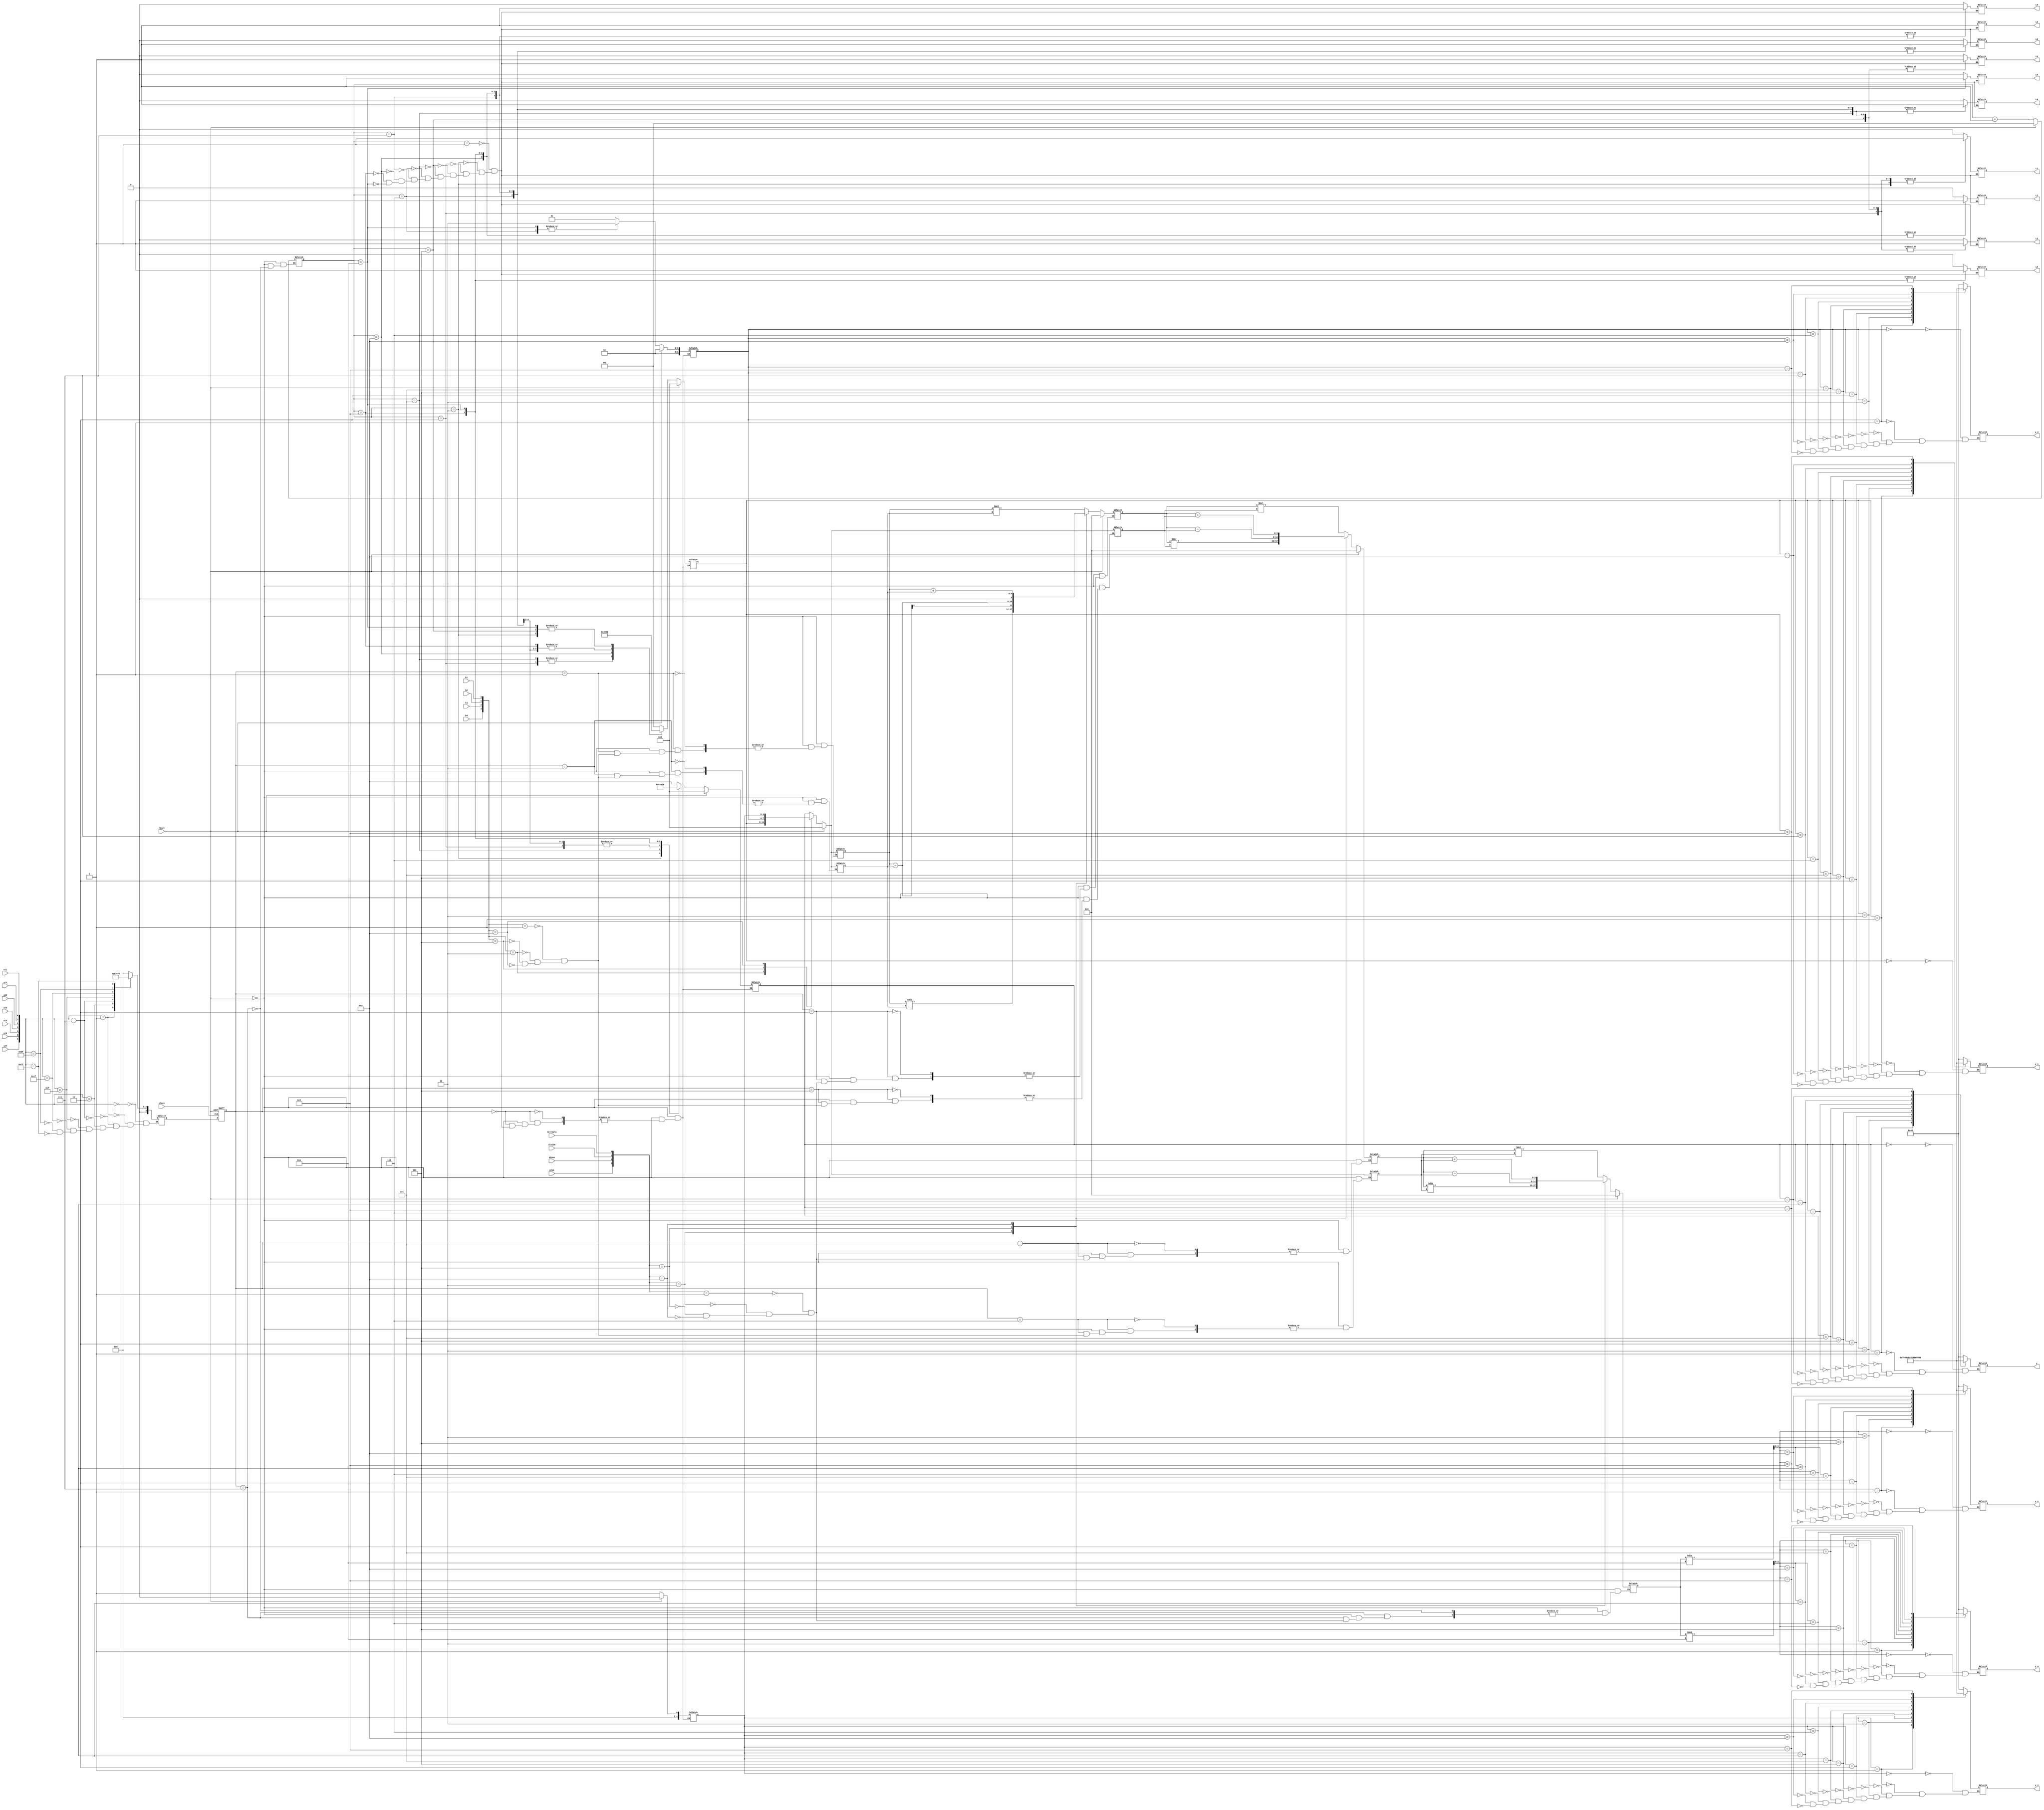

module game(
input clock,
		st1,
		st2,
		st3,
		st4,
		st5,
		st6,
		st7,
		plus,
		minus,
		divide,
		multiply,
		k1,
		k2,
		k3,
		k4,
		reset,
output reg [6:0]  y,
						y_1,
						y_2,
						y_3,
						y_4,
						y_5,
output reg L0,
			  L1,
			  L2,
			  L3,
			  L4,
			  L5,
			  L6,
			  L7,
			  L8,
			  L9);
				


reg [3:0]z,z_1,z_2,z_3,z_4,z_5;
reg [3:0] count=1;
reg [3:0] v1,v2,v3,v4,set1,set2,set3,set4;
reg [5:0] c1,c2,c3;
reg [3:0] current_state,next_state;
	
	parameter g1 = 16'h1118,
				 g2 = 16'h1126,
				 g3 = 16'h1144,
				 g4 = 16'h1128,
				 g5 = 16'h1145,
				 g6 = 16'h1234,
				 g7 = 16'h1134,
				 g8 = 16'h1188,
				 g9 = 16'h1137,
				 g10 = 16'h1229;
				 
always @(posedge clock or posedge reset) begin       
    if(reset) begin          
        current_state <= 0;        
    end       
    else begin           
        current_state <= next_state;      
    end   
end

always @(*) begin 
case({st7,st6,st5,st4,st3,st2,st1})
      
 7'b0000000:next_state = 0;
 7'b0000001:next_state = 1; 
 7'b0000011:next_state = 2;
 7'b0000111:next_state = 3;
 7'b0001111:next_state = 4;
 7'b0011111:next_state = 5; 
 7'b0111111:next_state = 6;
 7'b1111111:next_state = 7;
 
 
 
 endcase		
      
end		
		always @(current_state) begin
    if(reset) begin
        {v4,v3,v2,v1,set4,set3,set2,set1,c1,c2,c3}=13'b00_000_000_000;
		  count=1;
    end
    else begin
        case(current_state)
            0: begin
               case (count)
					1:{v4,v3,v2,v1}=g1;
					2:{v4,v3,v2,v1}=g2;
					3:{v4,v3,v2,v1}=g3;
					4:{v4,v3,v2,v1}=g4;
					5:{v4,v3,v2,v1}=g5;
					6:{v4,v3,v2,v1}=g6;
					7:{v4,v3,v2,v1}=g7;
					8:{v4,v3,v2,v1}=g8;
					9:{v4,v3,v2,v1}=g9;
				  10:{v4,v3,v2,v1}=g10;
				  endcase
            end
            1: begin
                case({k4,k3,k2,k1})
					 4'b0001:set1=v1;
					 4'b0010:set1=v2;
					 4'b0100:set1=v3;
					 4'b1000:set1=v4;
					 endcase
            end
            2: begin
               case({k4,k3,k2,k1})
					 4'b0001:set2=v1;
					 4'b0010:set2=v2;
					 4'b0100:set2=v3;
					 4'b1000:set2=v4;
					 endcase
					
            end
				3: begin
					case({plus,minus,divide,multiply})
					 4'b0001:
				
					 c1=set1*set2;
				
					 4'b0010:
				
					 c1=set1/set2;
				
					 4'b0100:
				
					 c1=set1-set2;
			
					 4'b1000:
				
					 c1=set1+set2;
				
               endcase
					
            end
				4: begin
               case({k4,k3,k2,k1})
					 4'b0001:set3=v1;
					 4'b0010:set3=v2;
					 4'b0100:set3=v3;
					 4'b1000:set3=v4;
					 endcase
					
            end
            5: begin
					case({plus,minus,divide,multiply})
					 4'b0001:
				
					 c2=c1*set3;
				
					 4'b0010:
				
					 c2=c1/set3;
				
					 4'b0100:
				
					 c2=c1-set3;
				
					 4'b1000:
				
					 c2=c1+set3;
				
               endcase
					
            end
				6: begin
               case({k4,k3,k2,k1})
					 4'b0001:set4=v1;
					 4'b0010:set4=v2;
					 4'b0100:set4=v3;
					 4'b1000:set4=v4;
					 endcase
					
            end
				7: begin
					case({plus,minus,divide,multiply})
					 4'b0001:
				
					 c3=c2*set4;
				
					 4'b0010:
				
					 c3=c2/set4;
				
            
					 4'b0100:
				
					 c3=c2-set4;
					
					 4'b1000:
					
					 c3=c2+set4;
					
               endcase
					
					count=count+1;
            end
        endcase
    end
end	

always @(*)	
begin
z_4=c3%10;
z_5=c3/10;
end

		
		
		
		
		
		
		
		

always @(*)
begin
z_3 = v4;
z_2 = v3;
z_1 = v2;
  z = v1;
case(count)
 1:{L9,L8,L7,L6,L5,L4,L3,L2,L1,L0}=10'b0_000_000_001;
 2:{L9,L8,L7,L6,L5,L4,L3,L2,L1,L0}=10'b0_000_000_011;
 3:{L9,L8,L7,L6,L5,L4,L3,L2,L1,L0}=10'b0_000_000_111;
 4:{L9,L8,L7,L6,L5,L4,L3,L2,L1,L0}=10'b0_000_001_111;
 5:{L9,L8,L7,L6,L5,L4,L3,L2,L1,L0}=10'b0_000_011_111;
 6:{L9,L8,L7,L6,L5,L4,L3,L2,L1,L0}=10'b0_000_111_111;
 7:{L9,L8,L7,L6,L5,L4,L3,L2,L1,L0}=10'b0_001_111_111;
 8:{L9,L8,L7,L6,L5,L4,L3,L2,L1,L0}=10'b0_011_111_111;
 9:{L9,L8,L7,L6,L5,L4,L3,L2,L1,L0}=10'b0_111_111_111;
10:{L9,L8,L7,L6,L5,L4,L3,L2,L1,L0}=10'b1_111_111_111;
endcase
end

	
	
	
		


always @(*)
		begin

		case (z)
		0:y=7'b1000000;
		1:y=7'b1111001;
		2:y=7'b0100100;
		3:y=7'b0110000;
		4:y=7'b0011001;	
		5:y=7'b0010010;	
		6:y=7'b0000010;	
		7:y=7'b1111000;	
		8:y=7'b0000000;	
		9:y=7'b0010000;
		endcase

		end
always @(*)
		begin

		case (z_1)
		0:y_1=7'b1000000;	
		1:y_1=7'b1111001;
		2:y_1=7'b0100100;
		3:y_1=7'b0110000;
		4:y_1=7'b0011001;	
		5:y_1=7'b0010010;
		6:y_1=7'b0000010;	
		7:y_1=7'b1111000;
		8:y_1=7'b0000000;	
		9:y_1=7'b0010000;
		endcase

		end
always @(*)
		begin

		case (z_2)
		0:y_2=7'b1000000;
		1:y_2=7'b1111001;
		2:y_2=7'b0100100;
		3:y_2=7'b0110000;
		4:y_2=7'b0011001;
		5:y_2=7'b0010010;
		6:y_2=7'b0000010;
		7:y_2=7'b1111000;
		8:y_2=7'b0000000;
		9:y_2=7'b0010000;
		endcase

		end
always @(*)
		begin

		case (z_3)
		0:y_3=7'b1000000;	
		1:y_3=7'b1111001;
		2:y_3=7'b0100100;
		3:y_3=7'b0110000;
		4:y_3=7'b0011001;
		5:y_3=7'b0010010;
		6:y_3=7'b0000010;
		7:y_3=7'b1111000;	
		8:y_3=7'b0000000;
		9:y_3=7'b0010000;
		endcase

		end
		
always @(*)
		begin

		case (z_4)
		0:y_4=7'b1000000;
		1:y_4=7'b1111001;
		2:y_4=7'b0100100;
		3:y_4=7'b0110000;
		4:y_4=7'b0011001;
		5:y_4=7'b0010010;
		6:y_4=7'b0000010;
		7:y_4=7'b1111000;
		8:y_4=7'b0000000;
		9:y_4=7'b0010000;
		endcase

		end
		always @(*)
		begin

		case (z_5)
		0:y_5=7'b1000000;
		1:y_5=7'b1111001;
		2:y_5=7'b0100100;
		3:y_5=7'b0110000;
		4:y_5=7'b0011001;
		5:y_5=7'b0010010;
		6:y_5=7'b0000010;
		7:y_5=7'b1111000;
		8:y_5=7'b0000000;
		9:y_5=7'b0010000;
		endcase

		end

		


		


		

 endmodule